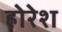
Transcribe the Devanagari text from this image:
होरेश